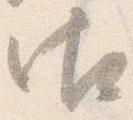
御